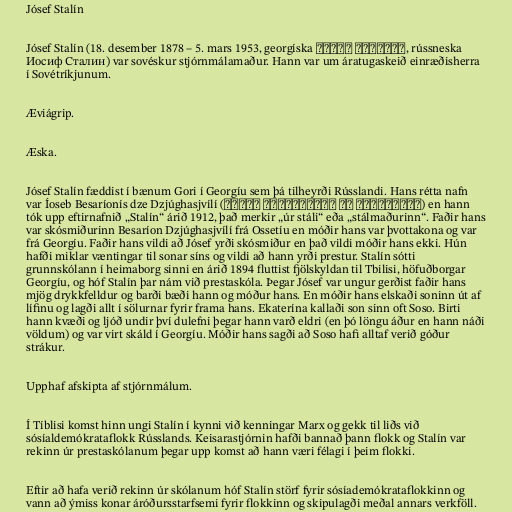
Jósef Stalín

Jósef Stalín (18. desember 1878 – 5. mars 1953, georgíska იოსებ სტალინი, rússneska
Иосиф Сталин) var sovéskur stjórnmálamaður. Hann var um áratugaskeið einræðisherra
í Sovétríkjunum.

Æviágrip.

Æska.

Jósef Stalín fæddist í bænum Gori í Georgíu sem þá tilheyrði Rússlandi. Hans rétta nafn
var Íoseb Besaríonís dze Dzjúghasjvílí (იოსებ ბესარიონის ძე ჯუღაშვილი) en hann
tók upp eftirnafnið „Stalín“ árið 1912, það merkir „úr stáli“ eða „stálmaðurinn“. Faðir hans
var skósmiðurinn Besaríon Dzjúghasjvílí frá Ossetíu en móðir hans var þvottakona og var
frá Georgíu. Faðir hans vildi að Jósef yrði skósmiður en það vildi móðir hans ekki. Hún
hafði miklar væntingar til sonar síns og vildi að hann yrði prestur. Stalín sótti
grunnskólann í heimaborg sinni en árið 1894 fluttist fjölskyldan til Tbilisi, höfuðborgar
Georgíu, og hóf Stalín þar nám við prestaskóla. Þegar Jósef var ungur gerðist faðir hans
mjög drykkfelldur og barði bæði hann og móður hans. En móðir hans elskaði soninn út af
lífinu og lagði allt í sölurnar fyrir frama hans. Ekaterína kallaði son sinn oft Soso. Birti
hann kvæði og ljóð undir því dulefni þegar hann varð eldri (en þó löngu áður en hann náði
völdum) og var virt skáld í Georgíu. Móðir hans sagði að Soso hafi alltaf verið góður
strákur.

Upphaf afskipta af stjórnmálum.

Í Tíblisi komst hinn ungi Stalín í kynni við kenningar Marx og gekk til liðs við
sósíaldemókrataflokk Rússlands. Keisarastjórnin hafði bannað þann flokk og Stalín var
rekinn úr prestaskólanum þegar upp komst að hann væri félagi í þeim flokki.

Eftir að hafa verið rekinn úr skólanum hóf Stalín störf fyrir sósíademókrataflokkinn og
vann að ýmiss konar áróðursstarfsemi fyrir flokkinn og skipulagði meðal annars verkföll.